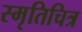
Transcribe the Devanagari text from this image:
स्मृतिचित्र